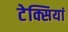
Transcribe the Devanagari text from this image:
टेक्सियां